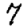
Digit: 7